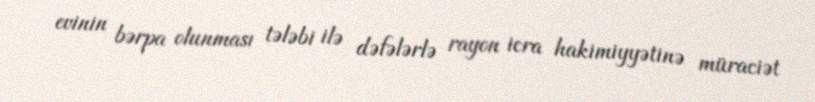
evinin bərpa olunması tələbi ilə dəfələrlə rayon icra hakimiyyətinə müraciət